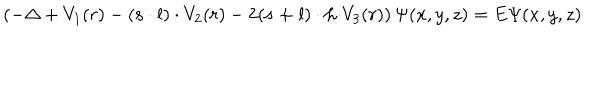
LaTeX: \left( - \Delta + V _ { 1 } ( r ) - \left( { \bf s \cdot l } \right) \cdot V _ { 2 } ( r ) - 2 ( { \bf s + l } ) \cdot { \bf h \cdot } V _ { 3 } ( r ) \right) \Psi ( x , y , z ) = E \Psi ( x , y , z )